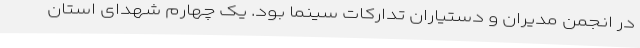
در انجمن مدیران و دستیاران تدارکات سینما بود. یک چهارم شهدای استان